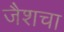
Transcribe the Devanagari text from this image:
जैशचा